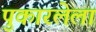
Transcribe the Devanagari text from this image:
पुकारलेला